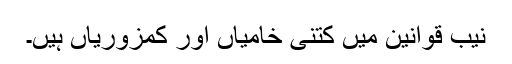
نیب قوانین میں کتنی خامیاں اور کمزوریاں ہیں۔